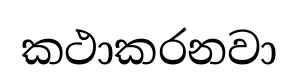
කථාකරනවා